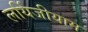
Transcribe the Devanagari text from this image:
लर्यिजीयाम